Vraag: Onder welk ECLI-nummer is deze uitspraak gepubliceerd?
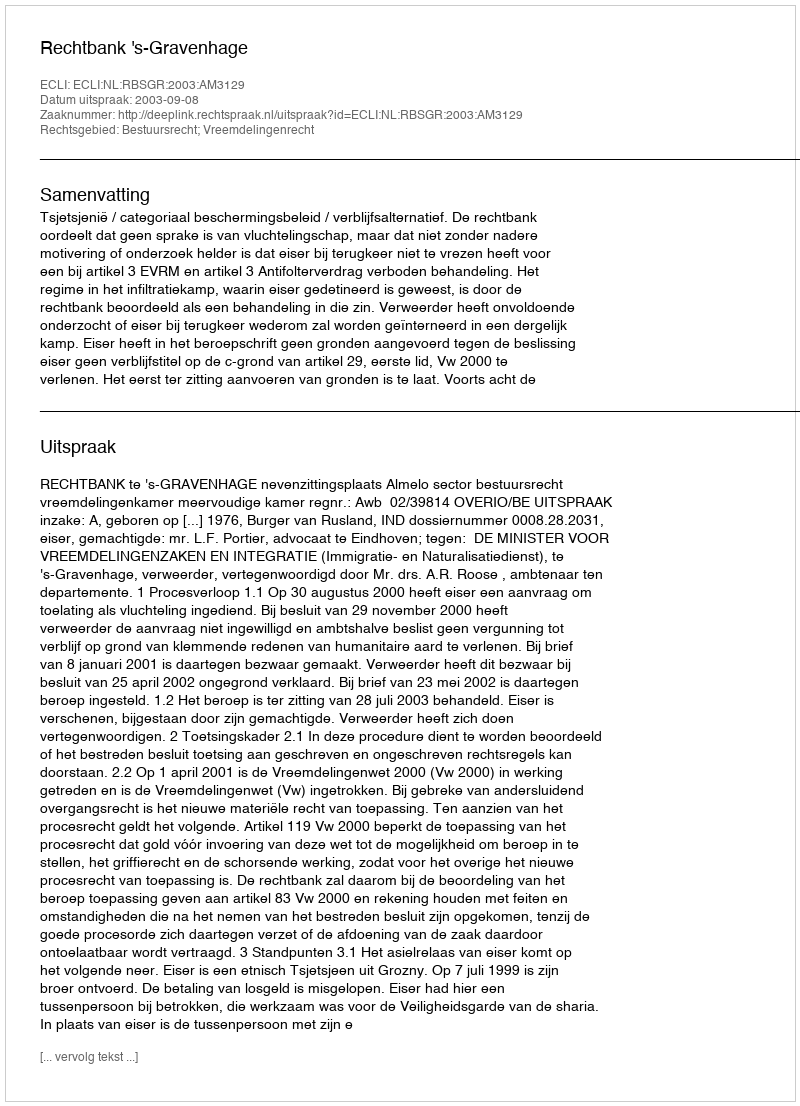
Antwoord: ECLI:NL:RBSGR:2003:AM3129